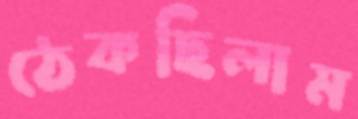
ঠেকছিলাম